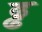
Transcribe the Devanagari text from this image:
ढ्ढ